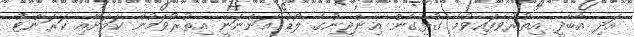
އަދި އާބާދީ އިތުރުވެފައިވުމާ ގުޅިގެން އިންޖީނުގެ ލޯޑު އަންނަނީ އިތުރުވަމުން ކަމަށާއި ކަރަންޓު